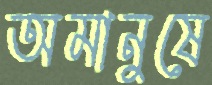
অমানুষে